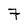
Character: 7